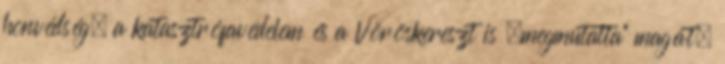
honvédség, a katasztrófavédelem és a Vöröskereszt is „megmutatta” magát.